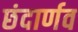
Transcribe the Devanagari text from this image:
छंदार्णव